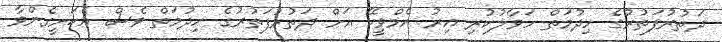
ދަތުރުފަތުރުގެ ހިދުމަތް ހަވާލުކުރި އިރު އެމްވީކޭ އަށް ދަތުރުފަތުރުގެ ހިދުމަތް ވެސް އެކަށީގެންވާ